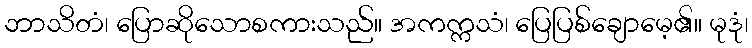
ဘာသိတံ၊ ပြောဆိုသောစကားသည်။ အကက္ကသံ၊ ပြေပြစ်ချောမေ့၏။ မုဒုံ၊